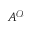
A ^ { \mathscr { O } }